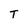
Character: T